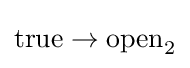
{\text{true}}\rightarrow {\text{open}}_{2}